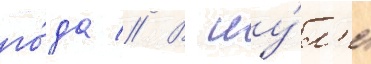
го́да // В иу́л'е